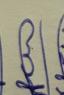
Signature authenticity: genuine